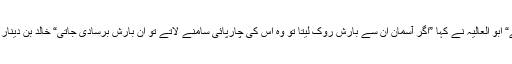
خالد بن دينار تميمی نے پوچھا ”وہ ان سے کیا امید رکھتے تھے“ ابو العالیہ نے کہا ”اگر آسمان ان سے بارش روک لیتا تو وہ اس کی چارپائی سامنے لاتے تو ان بارش برسادی جاتی“ خالد بن دينار تميمی نے پوچھا ” تمہارا ان اس آدمی کے متعلق کیا خیال یے؟